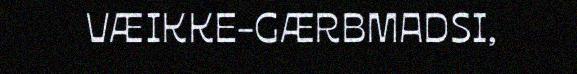
VÆIKKE-GÆRBMADSI,